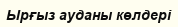
Ырғыз ауданы көлдерi